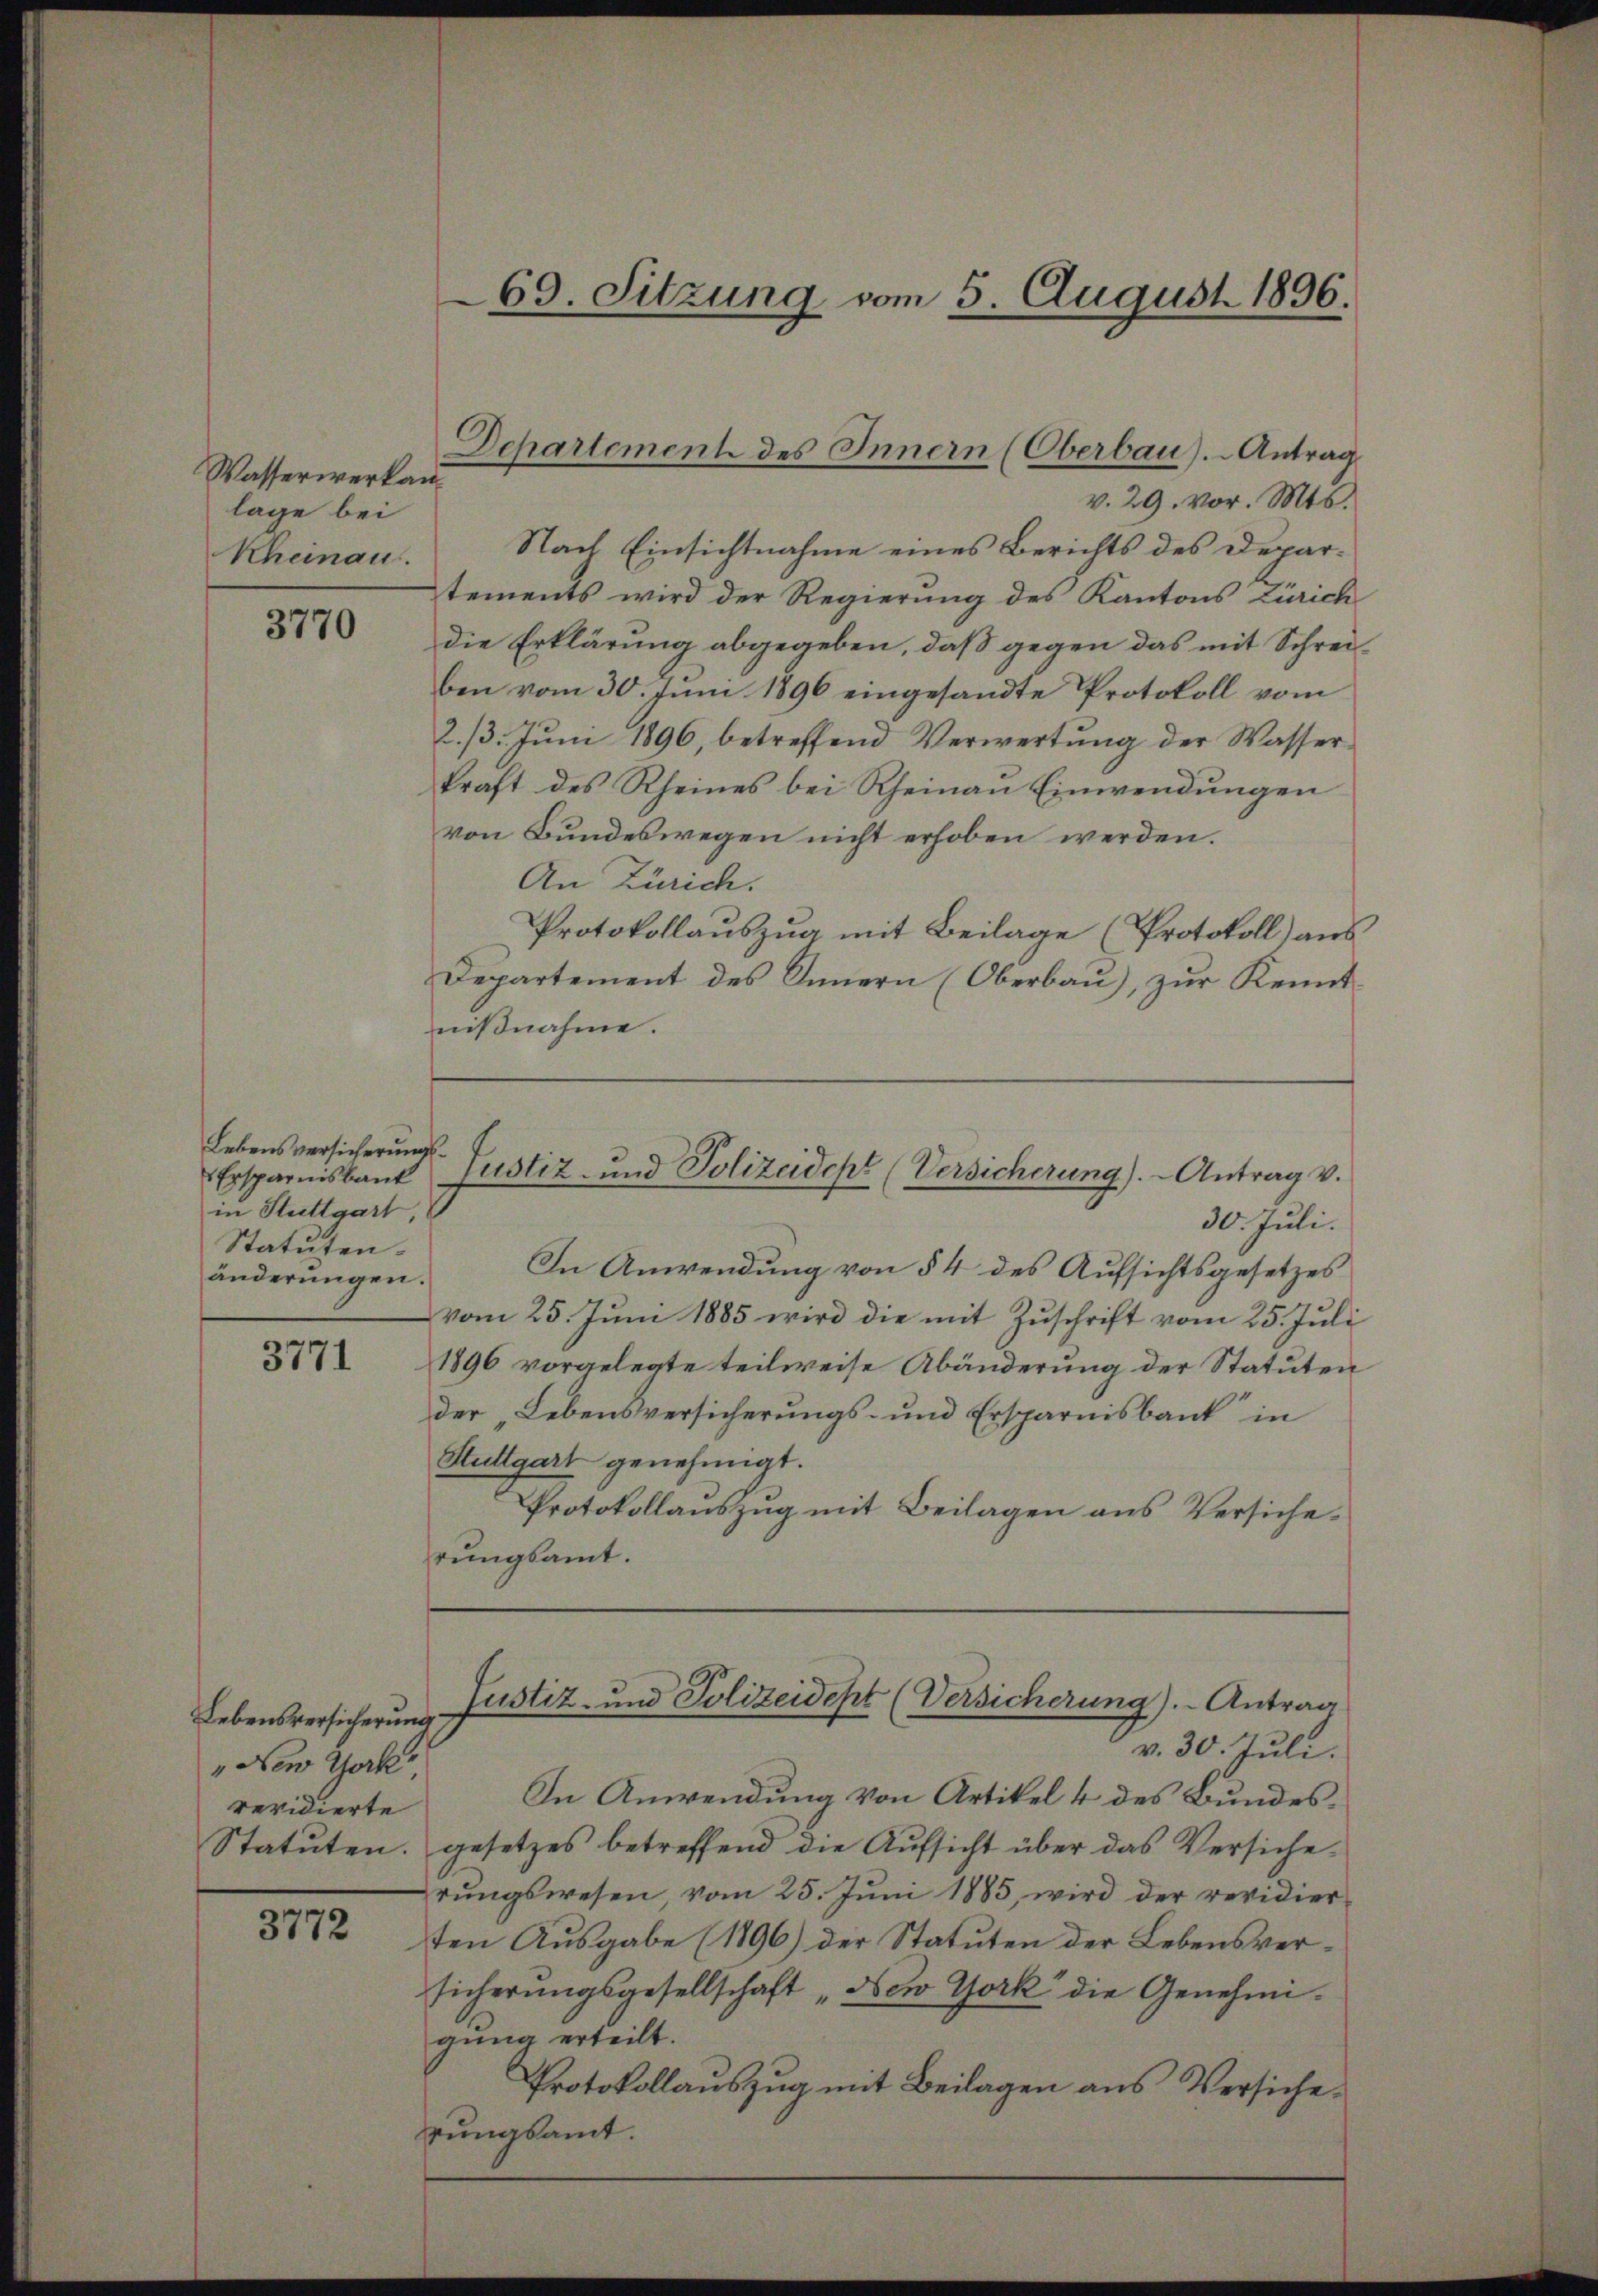
Wasserwerkau
lage bei
Rheinau.

3770

Lebensversicherungs¬
Ersparnisbank
in Stuttgart
Statuten.
änderungen.

3771

Lebensversicherung
"New York
revidierte
Statuten.

3772

v. 29. vor. Mts.
Nach Einsichtnahme eines Berichts des Deparstements wird der Regierung des Kantons Zürich
die Erklärung abgegeben, daß gegen das mit Schreiben vom 30. Juni 1896 eingesandte Protokoll vom
2./3. Juni 1896, betreffend Verwertung der Wasserkraft des Rheines bei Rheinau Einwendungen
von Bundeswegen nicht erhoben werden.
An Zürich.
Protokollaŭszŭg mit Beilage (Protokoll ans
Departement des Innern (Oberbau), zur Kenntnißnahme.

Justiz- und Polizeidept (Versicherung). Antrag v.

69. Sitzung vom 5. August 1896.

Departement des Innern (Oberbau).- Antrag

In Anwendung von Artikel 4 des Bundesgesetzes betreffend die Aufsicht über das Versicherŭngswesen, vom 25. Jŭni 1885 wird der revidier
ten Ausgabe (1896) der Statuten der Lebensversicherungsgesellschaft "New York die Genehmigung erteilt.
Protokollauszug mit Beilagen aus Versicherungsamt.

Justiz- und Polizeidept (Versicherung). Antrag
v. 30. Juli.

30. Juli.
In Anwendung von § 4 des Aufsichtsgesetzes
vom 25. Jŭni 1885 wird die mit Zŭschrift vom 25. Juli
1896 vorgelegte teilweise Abänderung der Statuten
der Lebensversicherŭngs- und Ersparnisbank in
Stuttgart genehmigt.
Protokollauszug mit Beilagen aus Versicherungsamt.